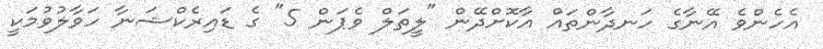
އެހެންވެ އޭނާގެ ހަނދާންތައް އާކޮށްދޭން "ލީތަލް ވެޕަން 5" ގެ ޑައިރެކްޝަނާ ހަވާލުވުމަކީ